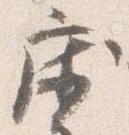
床